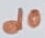
Text: d0